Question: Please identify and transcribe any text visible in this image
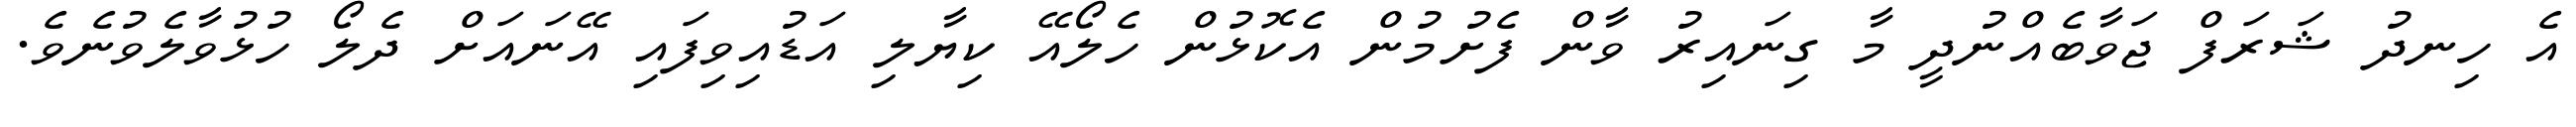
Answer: އެ ހިނދު ޝަރަފް ޖަވާބެއްނުދީ މާ ގިނައިރު ވާން ފެށުމުން އެކޮޅުން ހެލޯއޭ ކިޔާލި އަޑުއިވިފައި އޭނައަށް ދެލޯ ހުޅުވާލެވުނެވެ.